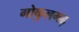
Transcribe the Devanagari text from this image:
गोकुलगढ़